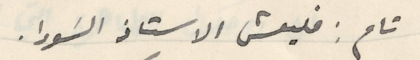
تام: فليعش الاستاذ السَودا.